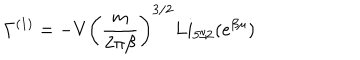
\Gamma ^ { ( 1 ) } = - V \left( \frac { m } { 2 \pi \beta } \right) ^ { 3 / 2 } L i _ { 5 / 2 } ( e ^ { \beta \mu } )